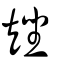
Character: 矬